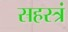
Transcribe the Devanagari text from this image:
सहस्त्रं